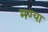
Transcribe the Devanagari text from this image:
मण्या